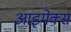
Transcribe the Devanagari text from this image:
आइमेक्स